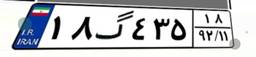
۱۸گ۴۳۵۱۸